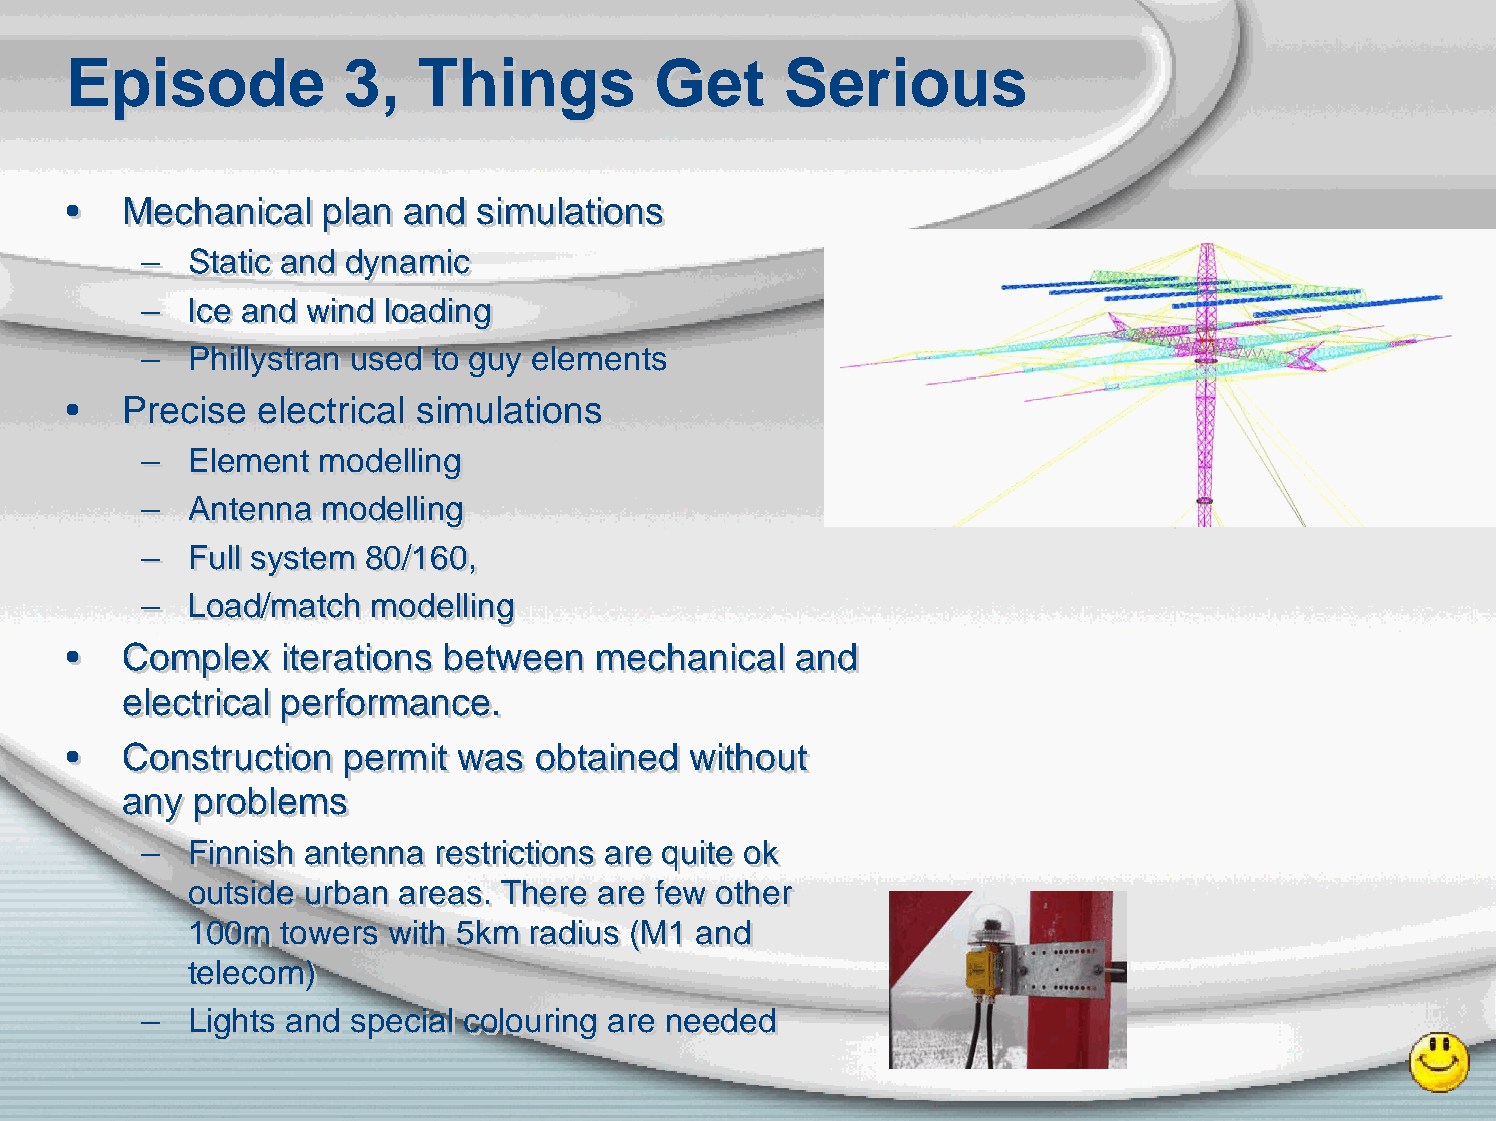
EEppiissooddee     33,, TThhiinnggss   GGeett   SSeerriioouuss
 ••  MMeecchhaanniiccaall ppllaann aanndd ssiimmuullaattiioonnss
 ––  SSttaattiicc aanndd ddyynnaammiicc
 ––  IIccee aanndd wwiinndd llooaaddiinngg
 ––  PPhhiillllyyssttrraann uusseedd ttoo gguuyy eelleemmeennttss
 ••  PPrreecciissee eelleeccttrriiccaall ssiimmuullaattiioonnss
 ––  EElleemmeenntt mmooddeelllliinngg
 ––  AAnntteennnnaa mmooddeelllliinngg
 ––  FFuullll ssyysstteemm 8800//116600,,
 ––  LLooaadd//mmaattcchh mmooddeelllliinngg
 ••  CCoommpplleexx iitteerraattiioonnss bbeettwweeeenn mmeecchhaanniiccaall aanndd
 eelleeccttrriiccaall ppeerrffoorrmmaannccee..
 ••  CCoonnssttrruuccttiioonn ppeerrmmiitt wwaass oobbttaaiinneedd wwiitthhoouutt
 aannyy pprroobblleemmss
 ––  FFiinnnniisshh aanntteennnnaa rreessttrriiccttiioonnss aarree qquuiittee ookk
 oouuttssiiddee uurrbbaann aarreeaass.. TThheerree aarree ffeeww ootthheerr
 110000mm ttoowweerrss wwiitthh 55kkmm rraaddiiuuss ((MM11 aanndd
 tteelleeccoomm))
 ––  LLiigghhttss aanndd ssppeecciiaall ccoolloouurriinngg aarree nneeeeddeedd